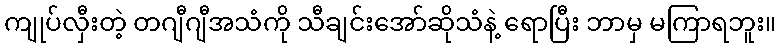
ကျုပ်လှီးတဲ့ တဂျီဂျီအသံကို သီချင်းအော်ဆိုသံနဲ့ ရောပြီး ဘာမှ မကြာရဘူး။